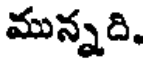
మున్నది.